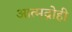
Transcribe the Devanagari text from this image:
आत्मद्रोही